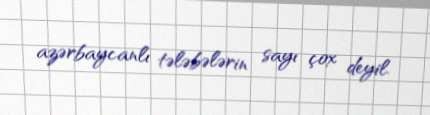
azərbaycanlı tələbələrin sayı çox deyil.